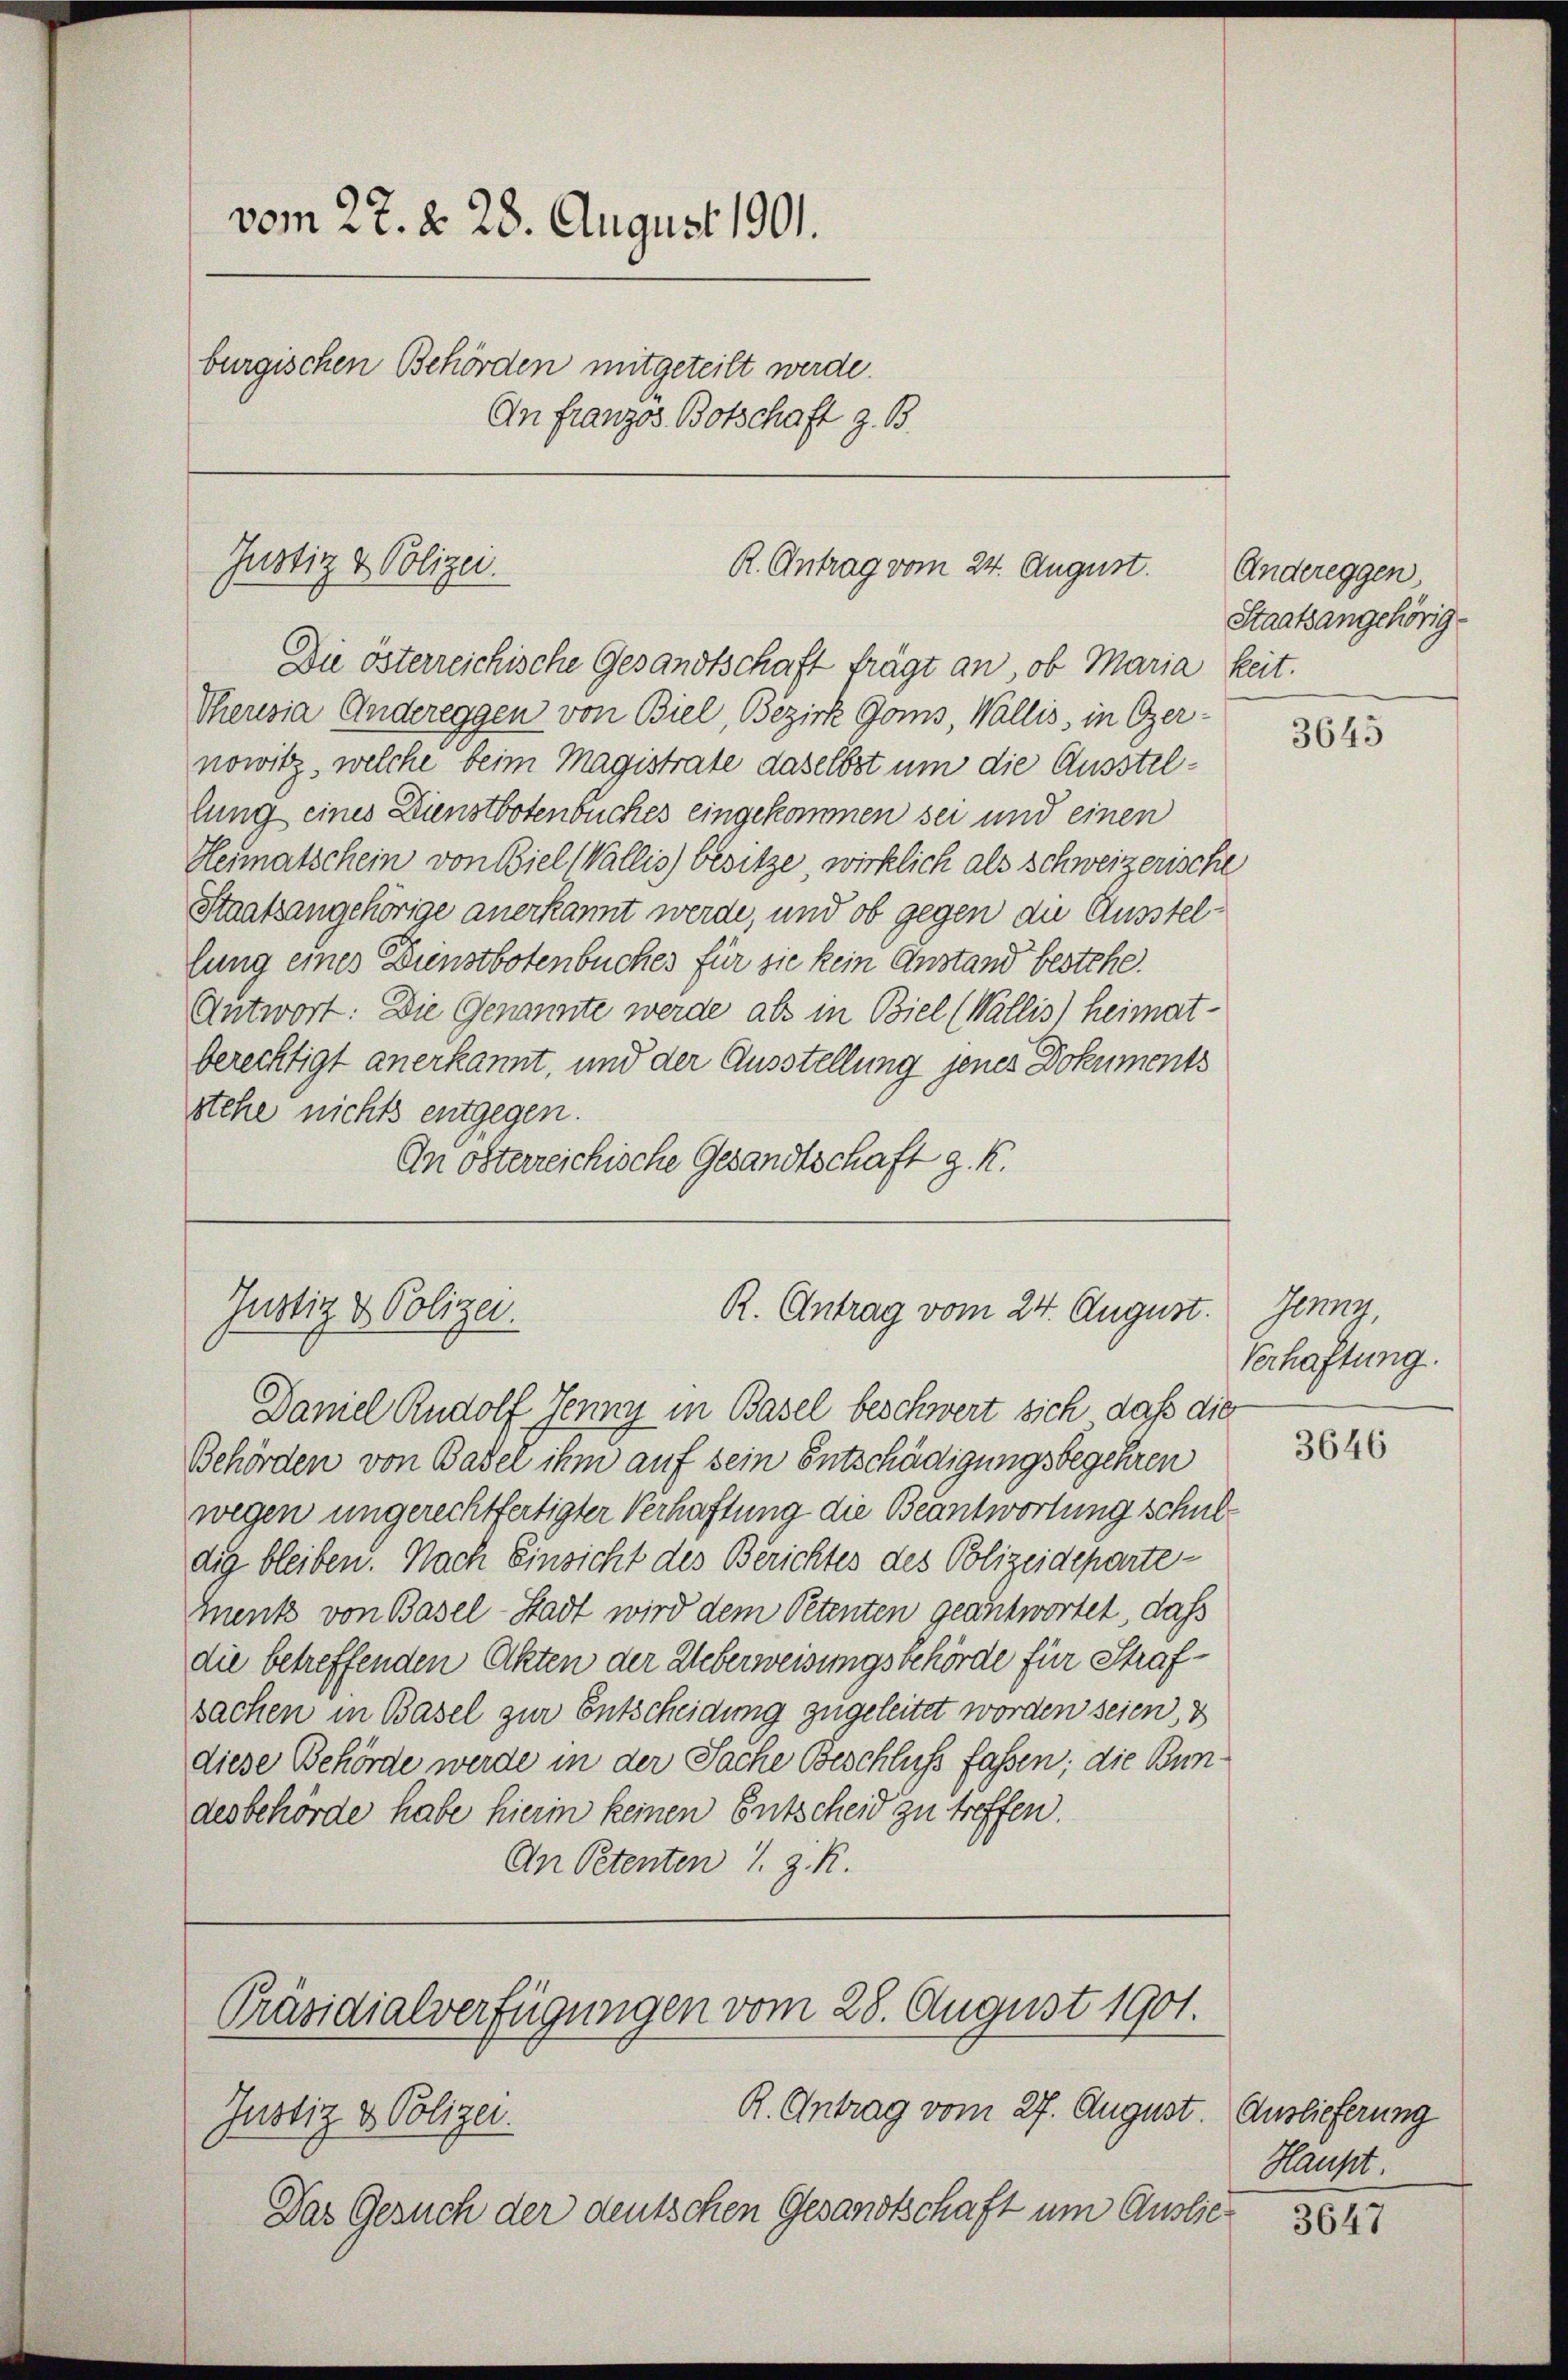
vom 27. d. 28. August 1901.
burgischen Behörden mitgeteilt werde.
An Franzos Botschaft z. B.

Justiz & Polizei.

Theresia Andereggen von Biel, Bezirk Goms Wallis, in Czer-
nowitz, welche beim Magistrate daselbst um die Ausstellung eines Dienstbotenbuches eingekommen sei und einen
Heimatschein von Biel Wallis) besitze, wirklich als Schweizerische
Staatsangehörige anerkannt werde, und ob gegen die Ausstellung eines Dunstbotenbuches für sie kein Anstand bestehe.
Antwort: Die Genannte werde als in Biel (Wallis) heimatberechtigt anerkannt, und der Ausstellung jenes Dokuments
stehe nichts entgegen.
An österreichische Gesandtschaft g. K.

R. Antrag vom 24. August.
Die österreichische Gesandtschaft frägt an, ob Maria keit.

Justiz & Polizei.
R. Antrag vom 24. August.
Daniel Rudolf Jenny in Basel beschwert sich daß die

Behörden von Basel ihm auf sein Entschädigungsbegehren
wegen ungerechtfertigter Verhaftung die Beantwortung schuldig bleiben. Nach Einsicht des Berichtes des Polizeideparte¬
Qenk von Basel-Stadt wird dem Petenten geantwortet, dass
die betreffenden Akten der Ueberweisungsbehörde für Strafsachen in Basel zur Entscheidung zugeleitet worden seien, d
diese Behörde werde in der Sache Beschluß faßen; die Bundesbehörde habe hierin keinen Entscheid zu treffen.
An Petenten J. J. R.

R. Antrag vom 27. August. Auslieferung
Justiz & Polizei.
Das Gesuch der deutschen Gesandtschaft um Auslie¬

Präsidialverfügungen vom 28. August 1901.

Andereggen,
Staatsangehörig

3645

Jenny,
Verhaftung.

3646

Haupt:

3647